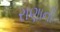
રાણાની